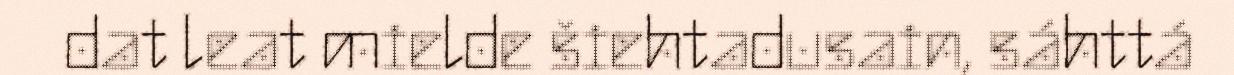
dat leat mielde šiehtadusain, sáhttá